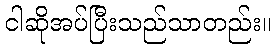
ငါဆိုအပ်ပြီးသည်သာတည်း။